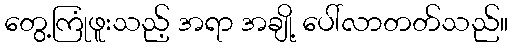
တွေ့ကြုံဖူးသည့် အရာ အချို့ ပေါ်လာတတ်သည်။